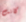
كانت